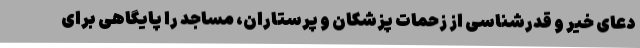
دعای خیر و قدرشناسی از زحمات پزشکان و پرستاران، مساجد را پایگاهی برای